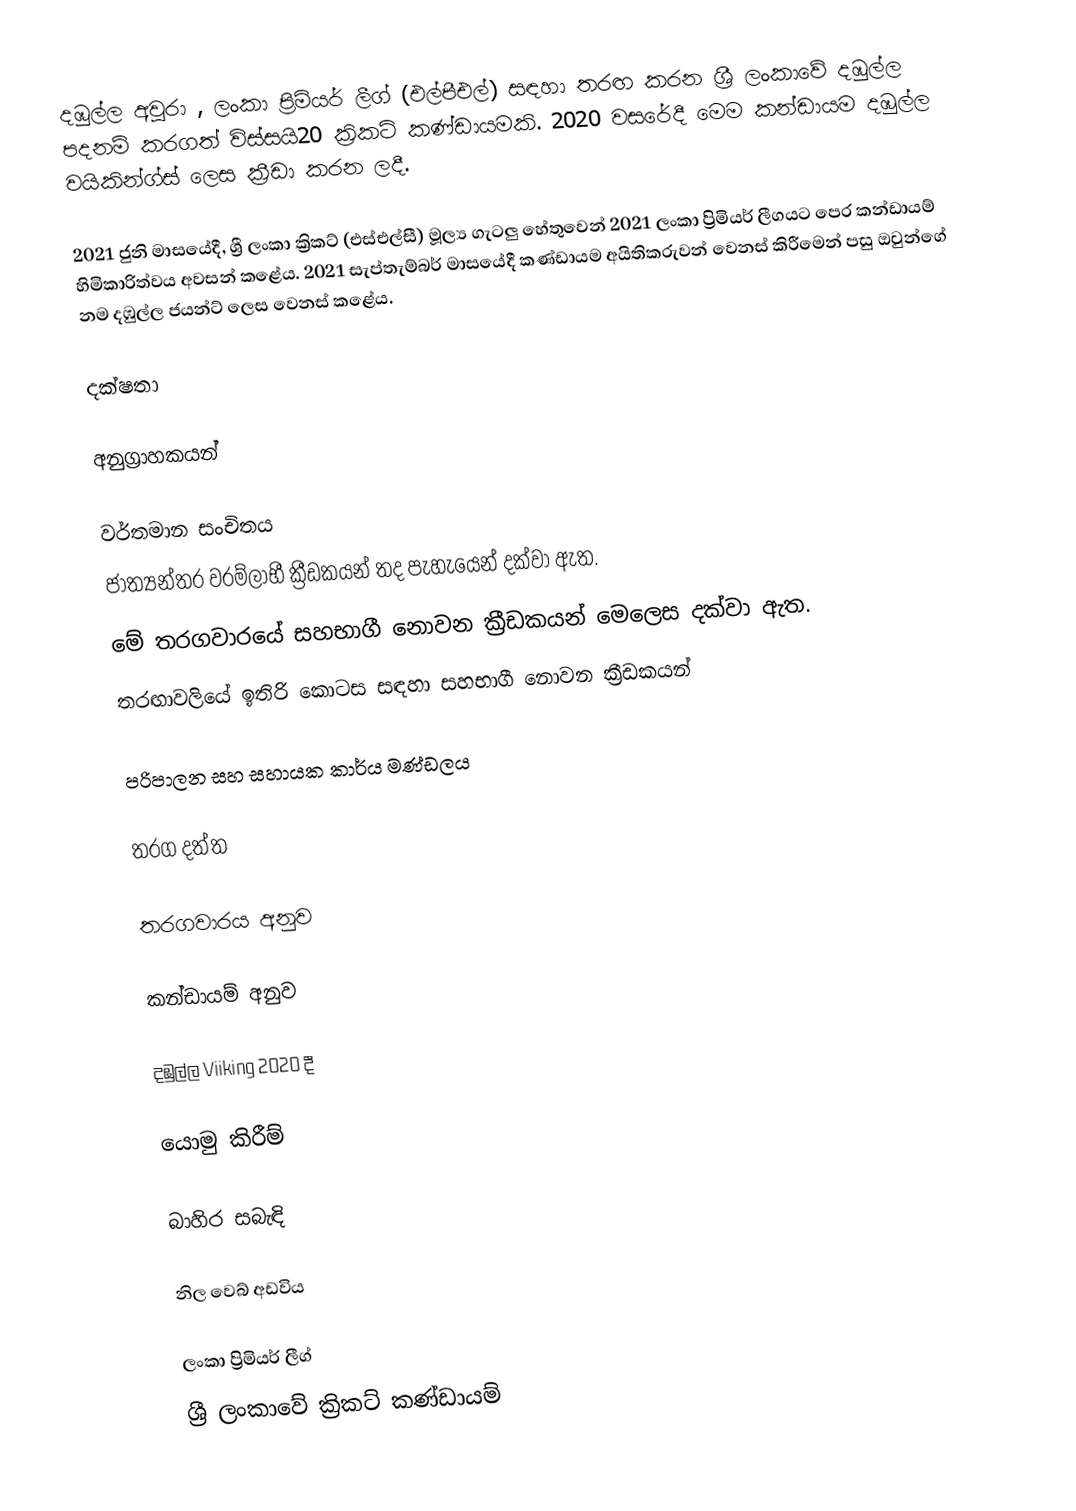
දඹුල්ල අවුරා , ලංකා ප්‍රිමියර් ලීග් (එල්පීඑල්) සඳහා තරඟ කරන ශ්‍රී ලංකාවේ දඹුල්ල පදනම් කරගත් විස්සයි20 ක්‍රිකට් කණ්ඩායමකි. 2020 වසරේදී මෙම කන්ඩායම දඹුල්ල වයිකින්ග්ස් ලෙස ක්‍රීඩා කරන ලදී.

2021 ජුනි මාසයේදී, ශ්‍රී ලංකා ක්‍රිකට් (එස්එල්සී) මූල්‍ය ගැටලු හේතුවෙන් 2021 ලංකා ප්‍රිමියර් ලීගයට පෙර කන්ඩායම් හිමිකාරිත්වය අවසන් කළේය.   2021 සැප්තැම්බර් මාසයේදී කණ්ඩායම අයිතිකරුවන් වෙනස් කිරීමෙන් පසු ඔවුන්ගේ නම දඹුල්ල ජයන්ට් ලෙස වෙනස් කළේය.

දක්ෂතා

අනුග්‍රාහකයන්

වර්තමාන සංචිතය
 ජාත්‍යන්තර වරම්ලාභී ක්‍රීඩකයන් තද පැහැයෙන් දක්වා ඇත.
  මේ තරගවාරයේ සහභාගී නොවන ක්‍රීඩකයන් මෙලෙස දක්වා ඇත.
  තරඟාවලියේ ඉතිරි කොටස සඳහා සහභාගී නොවන ක්‍රීඩකයන්

පරිපාලන සහ සහායක කාර්ය මණ්ඩලය

තරග දත්ත

තරගවාරය අනුව

කන්ඩායම් අනුව

 දඹුල්ල Viiking 2020 දී

යොමු කිරීම්

බාහිර සබැඳි

 නිල වෙබ් අඩවිය

ලංකා ප්‍රිමියර් ලීග්
ශ්‍රී ලංකාවේ ක්‍රිකට් කණ්ඩායම්